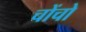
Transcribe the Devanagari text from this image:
चोंचो